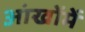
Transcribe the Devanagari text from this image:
आंखोंमें